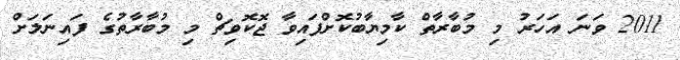
2011 ވަނަ އަހަރު މި މުބާރާތް ކާމިޔާބުކޮށްފައިވާ ޖޮކޮވިޗް މި މުބާރާތުގެ ފައިނަލަށް